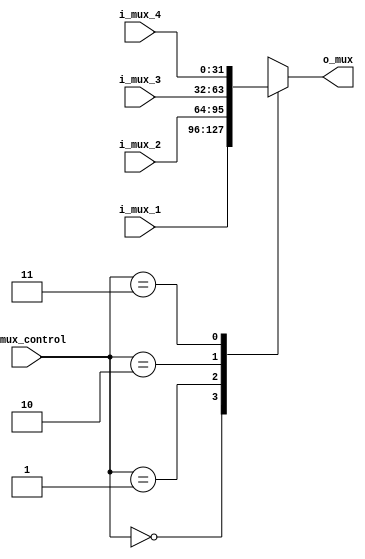
`timescale 1ns / 1ps

module Mux_4a1#(
        
        parameter   NB_DATA = 32,
        parameter   NB_CONTROL = 2   
    )
    (
        input   wire    [NB_CONTROL - 1 : 0]  i_mux_control,
        input   wire    [NB_DATA - 1 : 0]    i_mux_1,
        input   wire    [NB_DATA - 1 : 0]    i_mux_2,
        input   wire    [NB_DATA - 1 : 0]    i_mux_3,
        input   wire    [NB_DATA - 1 : 0]    i_mux_4,
        output  wire    [NB_DATA - 1 : 0]    o_mux
    
    );
    
    //Registros
    reg [NB_DATA - 1 : 0] reg_mux;
    
    always @ (*) begin
        case (i_mux_control)
            2'b00 : reg_mux <= i_mux_1;
            2'b01 : reg_mux <= i_mux_2;
            2'b10 : reg_mux <= i_mux_3;
            2'b11 : reg_mux <= i_mux_4;    
        endcase
    end
    
    assign o_mux = reg_mux;

endmodule